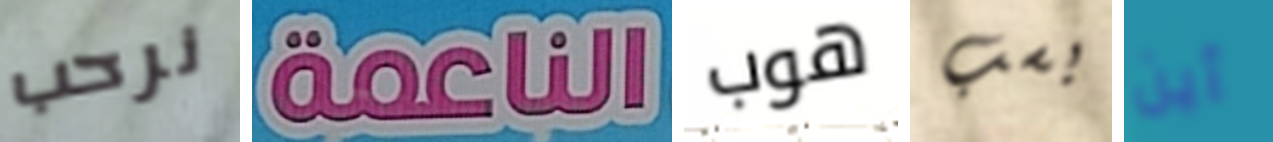
نرحب الناعمة هوب بسب أين